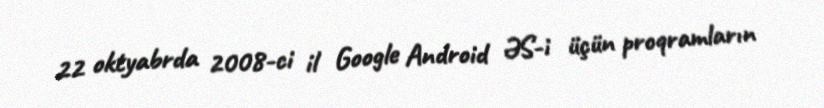
22 oktyabrda 2008-ci il Google Android ƏS-i üçün proqramların